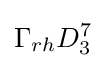
\Gamma _{rh}D_{3}^{7}